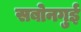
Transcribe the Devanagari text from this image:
सबोनगुई